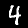
Digit: 4